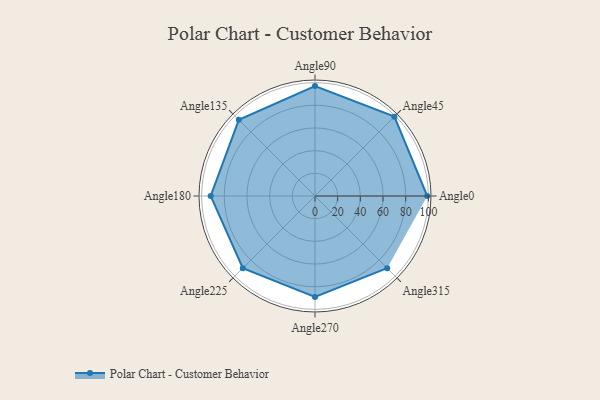
{"axis": {"x": "Angle", "y": "Radius"}, "legend": [""], "data": [{"x": "Angle0", "y": 99.0, "type": ""}, {"x": "Angle45", "y": 99.0, "type": ""}, {"x": "Angle90", "y": 97.0, "type": ""}, {"x": "Angle135", "y": 95.0, "type": ""}, {"x": "Angle180", "y": 92.0, "type": ""}, {"x": "Angle225", "y": 90.0, "type": ""}, {"x": "Angle270", "y": 89.0, "type": ""}, {"x": "Angle315", "y": 90.0, "type": ""}]}